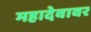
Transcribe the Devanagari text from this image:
महादेवावर